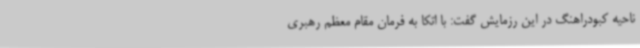
ناحیه کبودراهنگ در این رزمایش گفت: با اتکا به فرمان مقام معظم رهبری